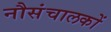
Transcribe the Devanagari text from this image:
नौसंचालकों